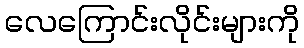
လေကြောင်းလိုင်းများကို